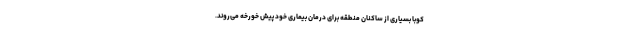
کوبا بسیاری از ساکنان منطقه برای درمان بیماری خود پیش خورخه می‌روند.